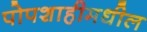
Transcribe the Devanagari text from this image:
पोपशाहीमधील